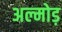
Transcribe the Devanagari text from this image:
अल्मोड़